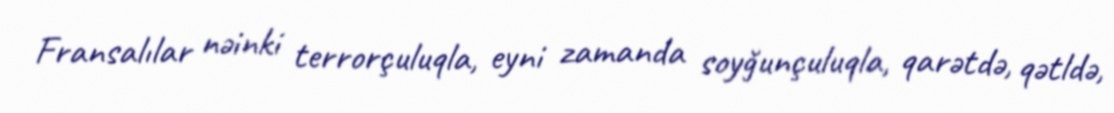
Fransalılar nəinki terrorçuluqla, eyni zamanda soyğunçuluqla, qarətdə, qətldə,